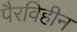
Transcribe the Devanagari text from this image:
पैरविहीन